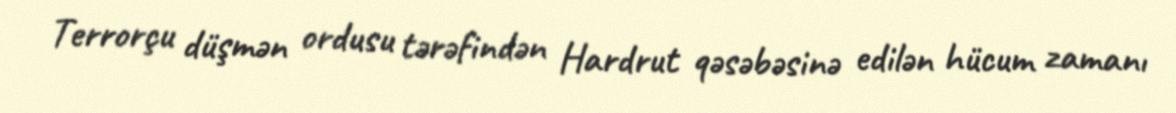
Terrorçu düşmən ordusu tərəfindən Hardrut qəsəbəsinə edilən hücum zamanı